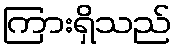
ကြားရှိသည်